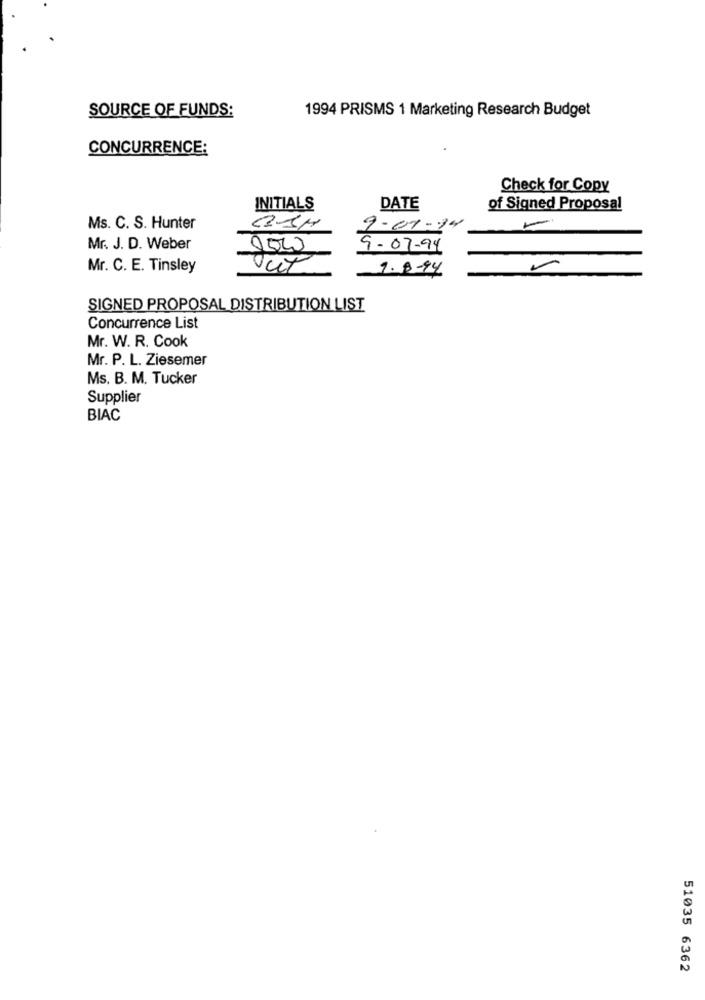
SOURCE OF FUNDS:
1994 PRISMS 1 Marketing Research Budget
CONCURRENCE:
Check for Copy
INITIALS
DATE
of Signed Proposal
-
Ms. C. S. Hunter
9-01-14
Mr. J. D. Weber
2000
9-07-94
Mr. C. E. Tinsley
Out
1.8-94
SIGNED PROPOSAL DISTRIBUTION LIST
Concurrence List
Mr. W. R. Cook
Mr. P. L. Ziesemer
Ms. B. M. Tucker
Supplier
BIAC
51035 6362